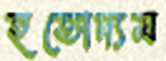
হতোদ্যম